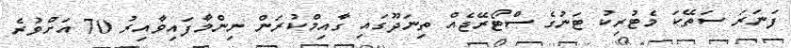
ފަނަރަ ސަތޭކަ މެޓުރިކު ޓަނުގެ ސްޓޯރޭޖެއް ތިނަދޫގައި ގާއިމްކުރަން ނިންމާފައިވާއިރު 70 އަށްވުރެ